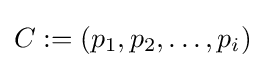
C:=(p_{1},p_{2},\dots ,p_{i})